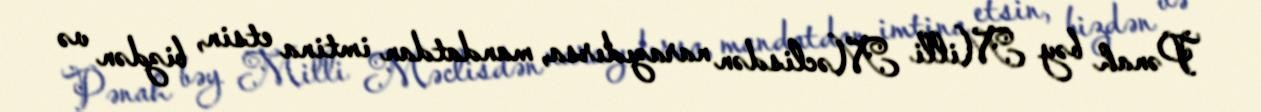
Pənah bəy Milli Məclisdən narazıdırsa, mandatdan imtina etsin, bizdən və